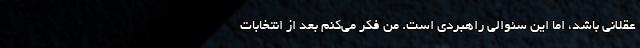
عقلانی باشد، اما این سئوالی راهبردی است. من فکر می‌کنم بعد از انتخابات